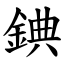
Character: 錪